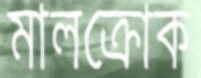
মালক্রোক